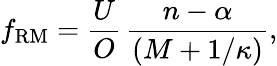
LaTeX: f_{\mathrm{RM}}=\frac{U}{O}\, \frac{n-\alpha}{(M+1/\kappa)},